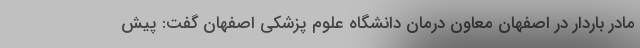
مادر باردار در اصفهان معاون درمان دانشگاه علوم پزشکی اصفهان گفت: پیش